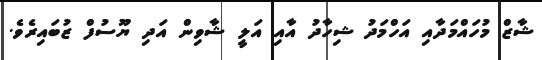
ޝާޒް މުހައްމަދާއި އަހްމަދު ޝިހާދު އާއި އަލީ ޝާވިން އަދި ޔޫސުފް ޒުބައިރެވެ.